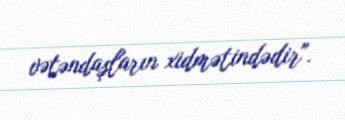
vətəndaşların xidmətindədir".